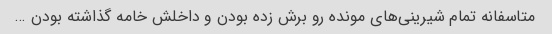
متاسفانه تمام شیرینی‌های مونده رو برش زده بودن و داخلش خامه گذاشته بودن …